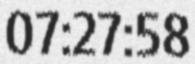
07:27:58